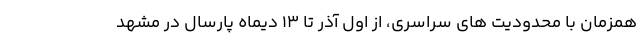
همزمان با محدودیت های سراسری، از اول آذر تا ۱۳ دیماه پارسال در مشهد